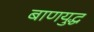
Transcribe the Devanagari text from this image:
बाणयुद्ध